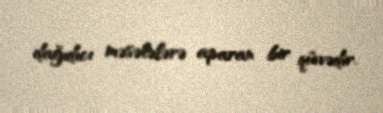
dağıdıcı məsələlərə aparan bir qüvvədir.